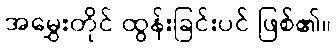
အမွှေးတိုင် ထွန်းခြင်းပင် ဖြစ်၏။